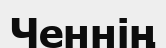
Ченнің